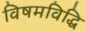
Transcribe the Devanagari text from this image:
विषमविद्धि